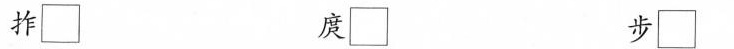
拃\Box 庹\Box 步\Box